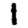
Digit: 1